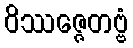
ဝိဿဇ္ဇေတဗ္ဗံ